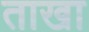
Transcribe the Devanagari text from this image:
ताखा